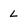
Character: L